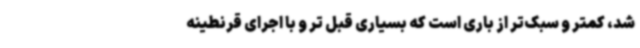
شد، کمتر و سبک‌تر از باری است که بسیاری قبل تر و با اجرای قرنطینه